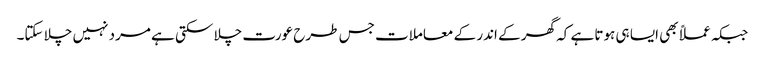
جبکہ عملاً بھی ایسا ہی ہوتا ہے کہ گھر کے اندر کے معاملات جس طرح عورت چلا سکتی ہے مرد نہیں چلا سکتا۔